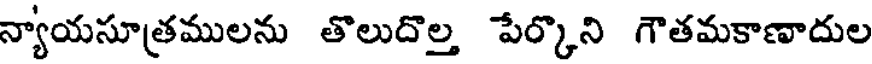
న్యాయసూత్రములను తొలుదొల్త పేర్కొని గౌతమకాణాదుల